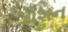
રોશન